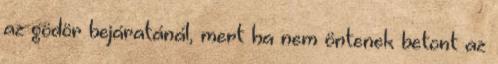
az gödör bejáratánál, mert ha nem öntenek betont az